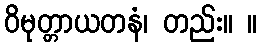
ဝိမုတ္တာယတနံ၊ တည်း။ ။